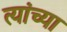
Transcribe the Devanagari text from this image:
त्यांच्या